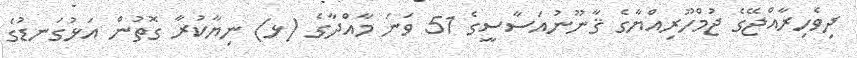
ދިވެހިރާއްޖޭގެ ޖުމްހޫރިއްޔާގެ ޤާނޫނުއަސާސީގެ 51 ވަނަ މާއްދާގެ (ޅ) ނިޔާކުރާ ގޮތުން އަޅުގަނޑުގެ